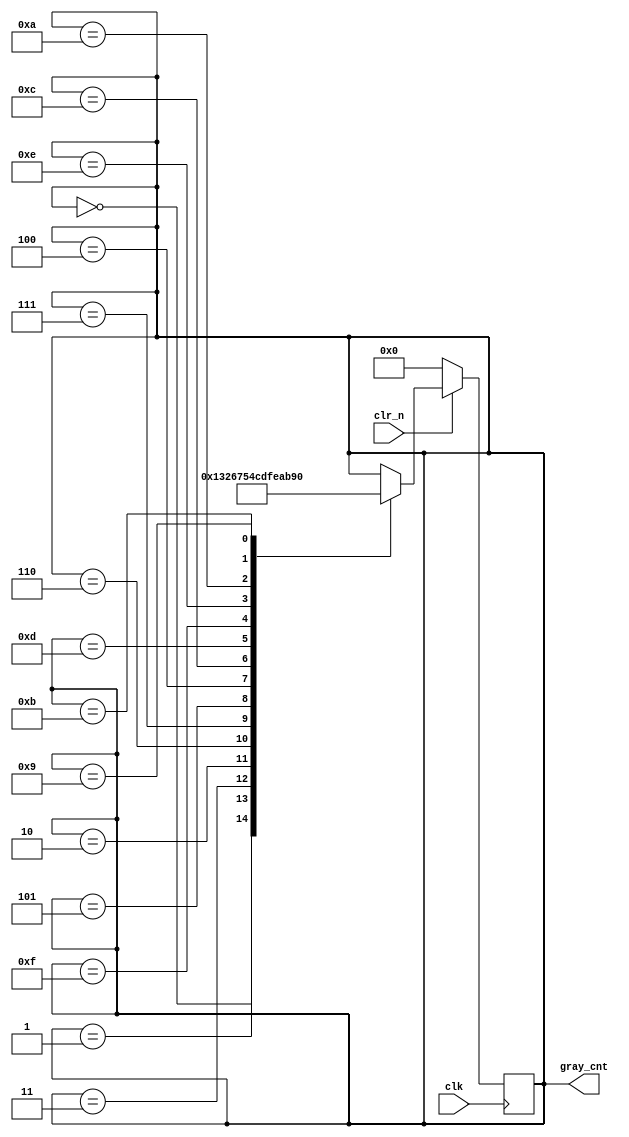
//4
//gray_cnt = binary_cnt^(binary_cnt>>1)
module Counter_Gray(
	//input 
	clk,
	clr_n,
	//output
	gray_cnt
	);
	
	input clk;
	input clr_n;
	output reg [3:0] gray_cnt;
	reg [3:0] cnt;
	
	initial gray_cnt = 4'b0;
	
	always @(posedge clk)
	begin 
		if(clr_n == 0) gray_cnt = 0;
		else 
			begin
				case(gray_cnt)
				4'b0000: gray_cnt = 4'b0001;
				4'b0001: gray_cnt = 4'b0011;
				4'b0011: gray_cnt = 4'b0010;
				4'b0010: gray_cnt = 4'b0110;
				4'b0110: gray_cnt = 4'b0111;
				4'b0111: gray_cnt = 4'b0101;
				4'b0101: gray_cnt = 4'b0100;
				4'b0100: gray_cnt = 4'b1100;
				4'b1100: gray_cnt = 4'b1101;
				4'b1101: gray_cnt = 4'b1111;
				4'b1111: gray_cnt = 4'b1110;
				4'b1110: gray_cnt = 4'b1010;
				4'b1010: gray_cnt = 4'b1011;
				4'b1011: gray_cnt = 4'b1001;
				4'b1001: gray_cnt = 4'b0000;
				endcase
			end
	end
endmodule